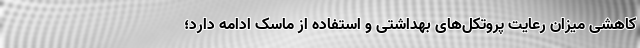
کاهشی میزان رعایت پروتکل‌های بهداشتی و استفاده از ماسک ادامه دارد؛